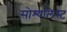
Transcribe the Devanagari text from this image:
सोश्यलिस्ट